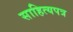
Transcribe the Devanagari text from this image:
साहित्यपत्र